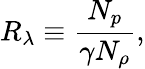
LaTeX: R_{\lambda}\equiv\frac{N_{p}}{\gamma N_{\rho}},